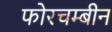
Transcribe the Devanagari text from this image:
फोरचम्बीन